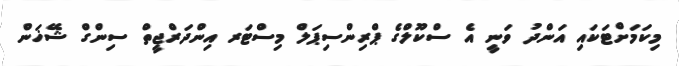
މިކަމަށްޓަކައި އަންދު ވަނީ އެ ސްކޫލްގެ ޕްރިންސިޕަލް މިސްޓަރ އިންދަރްޖީތް ސިންގް ޝޭޚަން